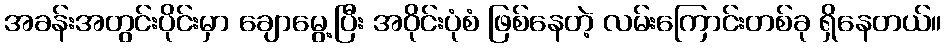
အခန်းအတွင်းပိုင်းမှာ ချောမွေ့ပြီး အဝိုင်းပုံစံ ဖြစ်နေတဲ့ လမ်းကြောင်းတစ်ခု ရှိနေတယ်။